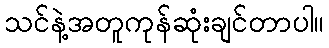
သင်နဲ့အတူကုန်ဆုံးချင်တာပါ။